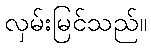
လှမ်းမြင်သည်။